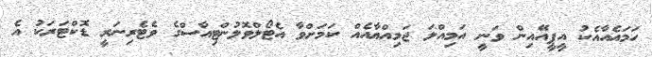
ހަމައެއާއެކު އީޕީއޭއިން ވަނީ އަމިއްލަ ޖަމިއްޔާއެއް ކަމަށްވާ އެޓޯލްވޮލުންޓިއާސްގެ ވެޓެރިނަރީ ޑޮކްޓަރަކު އެ